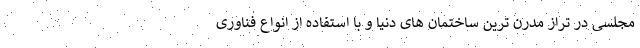
مجلسی در تراز مدرن ترین ساختمان های دنیا و با استفاده از انواع فناوری